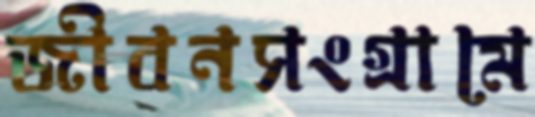
জীবনসংগ্রামে